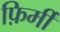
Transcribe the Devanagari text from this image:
फ़िर्मी